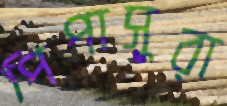
পিপাসুরা